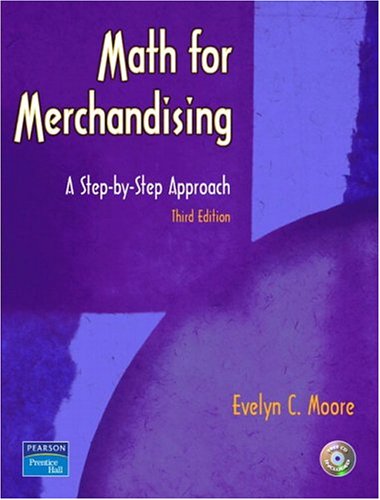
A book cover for Math for Merchandising: A Step-by-Step Approach (3rd Edition); Evelyn C. Moore; Business & Money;